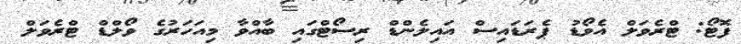
ފޮޓޯ: ޓްރެވަލް އެވޯޑު ޕެރަޑައިސް އައިލެންޑް ރިސޯޓްގައި ބާއްވާ މިއަހަރުގެ ވޯލްޑް ޓްރެވަލް